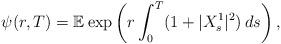
LaTeX: \begin{align*}\psi(r,T) = \mathbb{E}^{}\exp\left(r \int_{0}^{T}(1+|X^1_s|^2)\,ds \right),\end{align*}